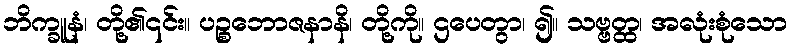
ဘိက္ခူနံ၊ တို့၏၎င်း။ ပဉ္စဘောဇနာနိ၊ တို့ကို။ ဌပေတွာ၊ ၍။ သဗ္ဗတ္ထ၊ အလုံးစုံသော